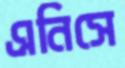
এনিসে